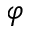
\boldsymbol { \varphi }